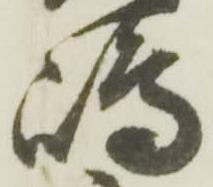
嶋